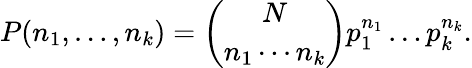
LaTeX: P(n_{1},\dots,n_{k})={\binom{N}{n_{1}\cdots n_{k}}}p_{1}^{n_{1}}\dots p_{k}^{n_{k}}.